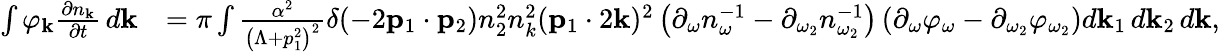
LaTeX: \begin{array}{rl}{\int\varphi_{\mathbf k}\frac{\partial n_{\mathbf k}}{\partial t}\, d{\mathbf k}}&{=\pi\int\frac{\alpha^{2}}{\left(\Lambda+p_{1}^{2}\right)^{2}}\delta(-2{\mathbf p}_{1}\cdot{\mathbf p}_{2})n_{2}^{2}n_{k}^{2}({\mathbf p}_{1}\cdot 2{\mathbf k})^{2}\left(\partial_{\omega}n_{\omega}^{-1}-\partial_{\omega_{2}}n_{\omega_{2}}^{-1}\right)\left(\partial_{\omega}\varphi_{\omega}-\partial_{\omega_{2}}\varphi_{\omega_{2}}\right)d{\mathbf k}_{1}\, d{\mathbf k}_{2}\, d{\mathbf k},}\end{array}